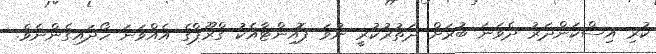
ކުރި އިސްކަންދަރު ދެވަނަ ބުރަށް ދަތުރުކުރީ ނުވަ ޕޮއިންޓާއެކު ގްރޫޕްގެ އެއްވަނަ ހޯދައިގެންނެވެ.